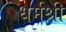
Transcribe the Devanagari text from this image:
धर्मश्री